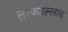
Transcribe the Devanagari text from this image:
लुत्फउल्लाह